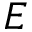
E